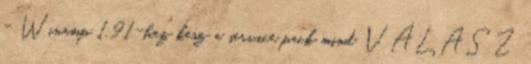
- Winamp 1.91-hez kesz a service pack mind VÁLASZ